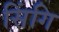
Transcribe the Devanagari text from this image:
सिंगि